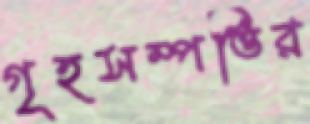
গৃহসম্পত্তির